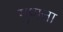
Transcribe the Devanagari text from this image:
गुणत्ता